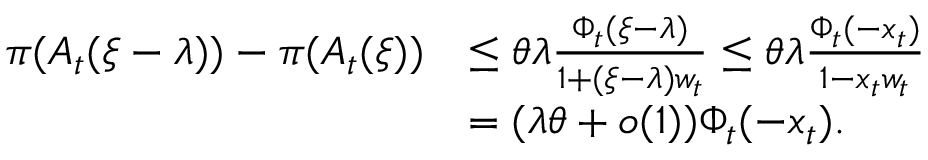
\begin{array} { r l } { \pi ( A _ { t } ( \xi - \lambda ) ) - \pi ( A _ { t } ( \xi ) ) } & { \leq \theta \lambda \frac { \Phi _ { t } ( \xi - \lambda ) } { 1 + ( \xi - \lambda ) w _ { t } } \leq \theta \lambda \frac { \Phi _ { t } ( - x _ { t } ) } { 1 - x _ { t } w _ { t } } } \\ & { = ( \lambda \theta + o ( 1 ) ) \Phi _ { t } ( - x _ { t } ) . } \end{array}